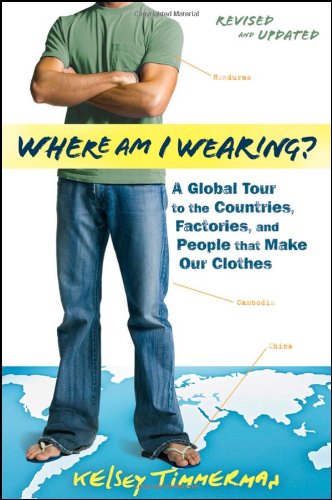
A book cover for Where am I Wearing: A Global Tour to the Countries, Factories, and People That Make Our Clothes; Kelsey Timmerman; Business & Money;